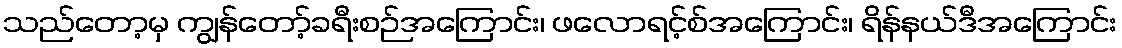
သည်တော့မှ ကျွန်တော့်ခရီးစဉ်အကြောင်း၊ ဖလောရင့်စ်အကြောင်း၊ ရိန်နယ်ဒီအကြောင်း